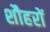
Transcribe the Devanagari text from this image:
शौहरों